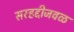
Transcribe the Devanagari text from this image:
सरहद्दीजवळ